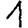
Digit: 1